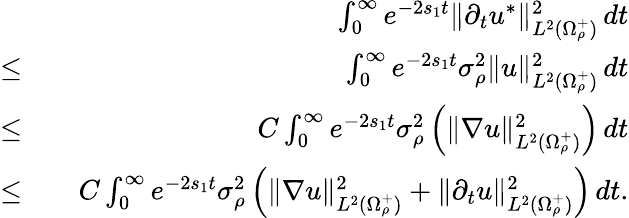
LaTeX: \begin{array}{rlr}&{}&{\int_{0}^{\infty}e^{-2s_{1}t}\| \partial_{t}u^{*}\| _{L^{2}(\Omega_{\rho}^{+})}^{2}\, dt}\\ {\leq}&{}&{\int_{0}^{\infty}e^{-2s_{1}t}\sigma_{\rho}^{2}\| u\| _{L^{2}(\Omega_{\rho}^{+})}^{2}\, dt}\\ {\leq}&{}&{C\int_{0}^{\infty}e^{-2s_{1}t}\sigma_{\rho}^{2}\left(\| \nabla u\| _{L^{2}(\Omega_{\rho}^{+})}^{2}\right)\, dt}\\ {\leq}&{}&{C\int_{0}^{\infty}e^{-2s_{1}t}\sigma_{\rho}^{2}\left(\| \nabla u\| _{L^{2}(\Omega_{\rho}^{+})}^{2}+\| \partial_{t}u\| _{L^{2}(\Omega_{\rho}^{+})}^{2}\right)\, dt.}\end{array}